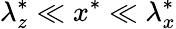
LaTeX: \lambda_{z}^{*}\ll x^{*}\ll\lambda_{x}^{*}